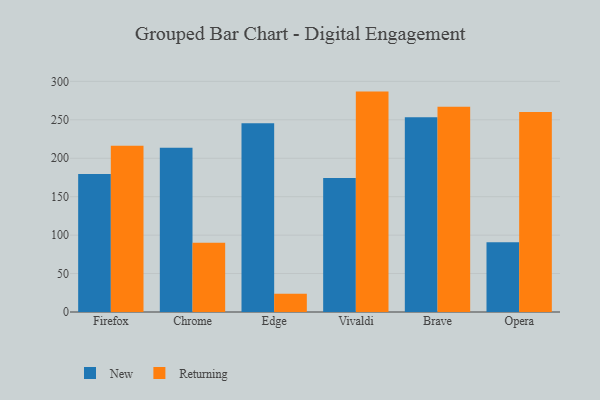
{"axis": {"x": "Browser", "y": "Inventory Turnover"}, "legend": ["New", "Returning"], "data": [{"x": "Firefox", "y": 179.6, "type": "New"}, {"x": "Firefox", "y": 216.1, "type": "Returning"}, {"x": "Chrome", "y": 213.8, "type": "New"}, {"x": "Chrome", "y": 90.0, "type": "Returning"}, {"x": "Edge", "y": 245.4, "type": "New"}, {"x": "Edge", "y": 23.9, "type": "Returning"}, {"x": "Vivaldi", "y": 174.2, "type": "New"}, {"x": "Vivaldi", "y": 286.7, "type": "Returning"}, {"x": "Brave", "y": 253.4, "type": "New"}, {"x": "Brave", "y": 267.0, "type": "Returning"}, {"x": "Opera", "y": 90.8, "type": "New"}, {"x": "Opera", "y": 260.2, "type": "Returning"}]}